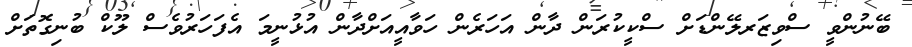
ބޭނުންވީ ސްވިޒަރލޭންޑަށް ސްކީކުރަން ދާން އަހަރެން ހަވާއީއަށްދާން އުޅުނީމަ އެފަހަރުވެސް ލޫކް ބުނިގޮތަށް